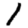
Digit: 1